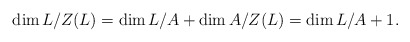
\begin{align*}\dim L/Z(L)=\dim L/A+\dim A/Z(L)=\dim L/A+1. \end{align*}